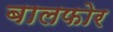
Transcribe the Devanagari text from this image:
बालफोर